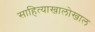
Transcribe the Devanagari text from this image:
साहित्याखालोखाल